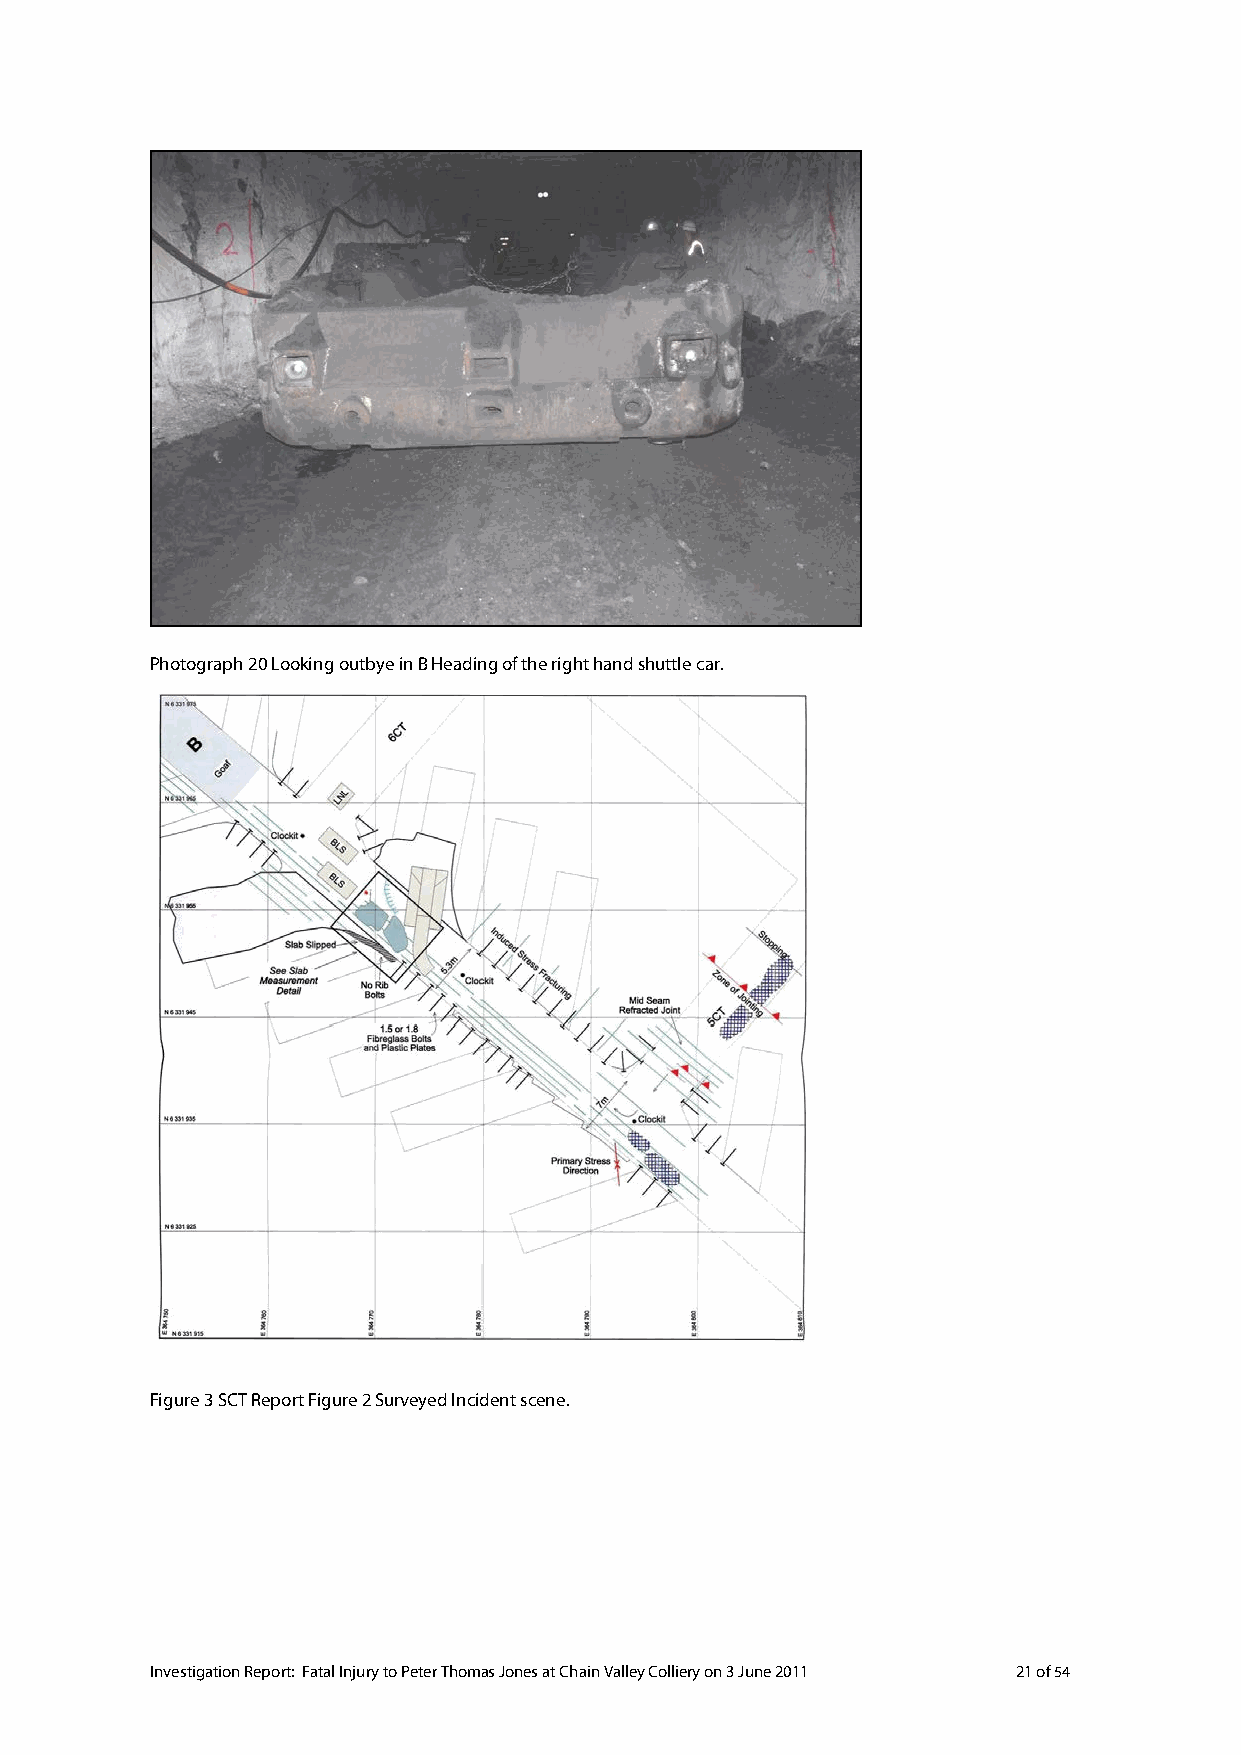
Photograph 20 Looking outbye in B Heading of the right hand shuttle car.
 Figure 3 SCT Report Figure 2 Surveyed Incident scene.
 Investigation Report: Fatal Injury to Peter Thomas Jones at Chain Valley Colliery on 3 June 2011 21 of 54